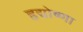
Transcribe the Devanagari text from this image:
हृद्योष्णा